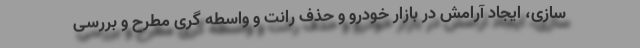
سازی، ایجاد آرامش در بازار خودرو و حذف رانت و واسطه گری مطرح و بررسی